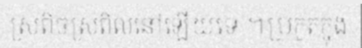
ស្រពិចស្រពិលនៅឡើយទេ ។ប្រកួតក្នុង